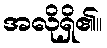
အလိုရှိ၏။